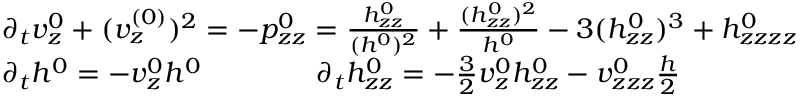
\begin{array} { r l } & { \partial _ { t } v _ { z } ^ { 0 } + ( v _ { z } ^ { ( 0 ) } ) ^ { 2 } = - p _ { z z } ^ { 0 } = \frac { h _ { z z } ^ { 0 } } { ( h ^ { 0 } ) ^ { 2 } } + \frac { ( h _ { z z } ^ { 0 } ) ^ { 2 } } { h ^ { 0 } } - 3 ( h _ { z z } ^ { 0 } ) ^ { 3 } + h _ { z z z z } ^ { 0 } } \\ & { \partial _ { t } h ^ { 0 } = - v _ { z } ^ { 0 } h ^ { 0 } \qquad \qquad \partial _ { t } h _ { z z } ^ { 0 } = - \frac { 3 } 2 v _ { z } ^ { 0 } h _ { z z } ^ { 0 } - v _ { z z z } ^ { 0 } \frac { h } 2 } \end{array}